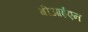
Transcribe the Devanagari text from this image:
बीआईएन